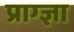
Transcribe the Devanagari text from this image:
प्राग्ज्ञा